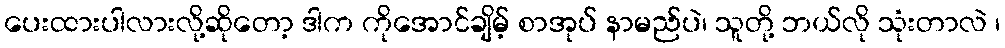
ပေးထားပါလားလို့ဆိုတော့ ဒါက ကိုအောင်ချိမ့် စာအုပ် နာမည်ပဲ၊ သူတို့ ဘယ်လို သုံးတာလဲ ၊